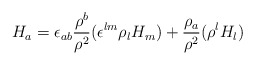
\begin{align*}H_a=\epsilon_{ab}\frac{\rho^b}{\rho^2} (\epsilon^{lm}\rho_l H_m)+ \frac{\rho_a}{\rho^2} ( \rho^l H_l)\end{align*}